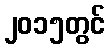
၂၀၁၅တွင်